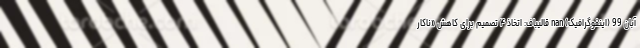
آبان 99 (اینفوگرافیک) nan قالیباف: اتخاذ ۴ تصمیم برای کاهش «ناکار